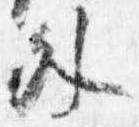
外